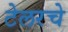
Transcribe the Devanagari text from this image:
टेलरचे